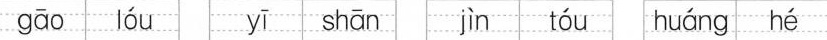
gāo lóu yī shān jìn tóu huáng hé